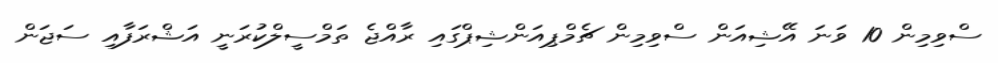
ސްވިމިން 10 ވަނަ އޭޝިއަން ސްވިމިން ޗެމްޕިއަންޝިޕްގައި ރާއްޖެ ތަމްސީލްކުރަނީ އަޝްރަފާއި ސަޖަން